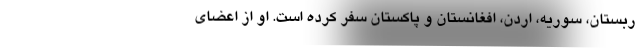
ربستان، سوریه، اردن، افغانستان و پاکستان سفر کرده است. او از اعضای